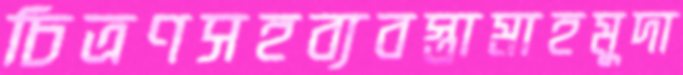
চিত্রণসহব্যবস্তামাহমুদা